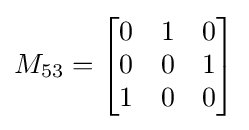
M_{53}={\begin{bmatrix}0&1&0\\0&0&1\\1&0&0\end{bmatrix}}